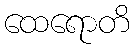
ထေရောတိ